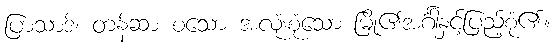
ပြာသာဒ်၊ တန်ဆာ စသော အလုံးစုံသော မြို့၏အင်္ဂါနှင့်ပြည့်စုံ၏။